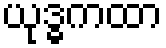
ယုဒ္ဓကထာ